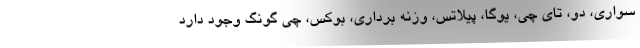
سواری، دو، تای چی، یوگا، پیلاتس، وزنه برداری، بوکس، چی گونگ وجود دارد